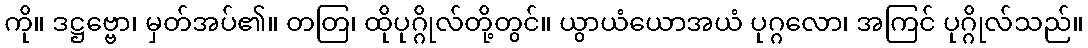
ကို။ ဒဋ္ဌဗ္ဗော၊ မှတ်အပ်၏။ တတြ၊ ထိုပုဂ္ဂိုလ်တို့တွင်။ ယွာယံယောအယံ ပုဂ္ဂလော၊ အကြင် ပုဂ္ဂိုလ်သည်။